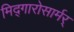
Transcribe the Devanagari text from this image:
मिद्गारोसार्मर्